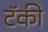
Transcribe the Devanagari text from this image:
टॅकी